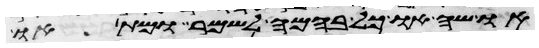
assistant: או שה או כל בהמה לשמר ומת או